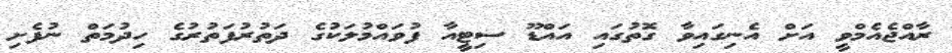
ރާއްޖެއެމްވީ އަށް އެނިގައިވާ ގޮތުގައި އައްޑޫ ސިޓީއާ ފުވައްމުލަކުގެ ދަތުރުފަތުރުގެ ހިދުމަތް ނުފެށި